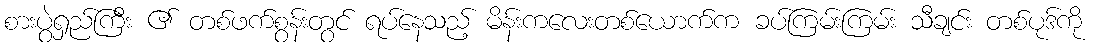
စားပွဲရှည်ကြီး ၏ တစ်ဖက်စွန်းတွင် ရပ်နေသည့် မိန်းကလေးတစ်ယောက်က ခပ်ကြမ်းကြမ်း သီချင်း တစ်ပုဒ်ကို